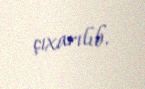
çıxarılıb.